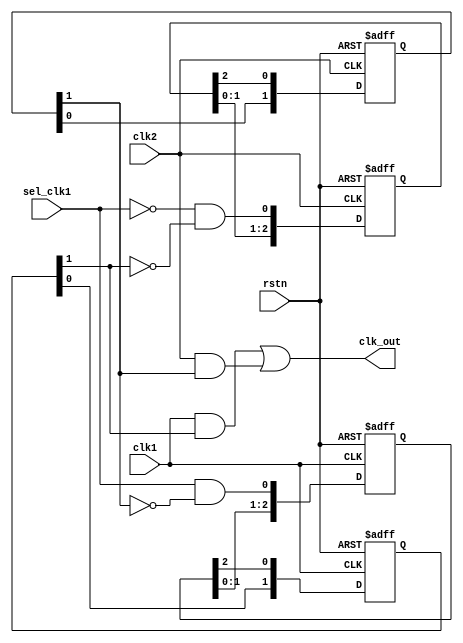
/*
sel_clk1_r: sel_clk1clk1sel_clk1_r
sel_clk1sel_clk2_neg_r[1]""sel_clk1_r
sel_clk2_neg_r[1]sel_clk1
sel_clk1_neg_r: sel_clk1_r[2]
clk1sel_clk1_neg_rsel_clk1_r[2]sel_clk1_neg_r
clk_outclk_out
*/
/*
sel_clk2_r: !sel_clk1clk2sel_clk2_r
!sel_clk1!sel_clk1_neg_r[1]""sel_clk2_r
!sel_clk1_neg_r[1]!sel_clk1
sel_clk2_neg_r: sel_clk2_r[2]clk2sel_clk2_neg_r
sel_clk2_r[2]sel_clk2_neg_rclk_outclk_out
*/
module clk_switch(
    input               rstn ,
    input               clk1,
    input               clk2,
    input               sel_clk1 , // 1 clk1, 0 clk2
    output              clk_out
    );

   reg [2:0]            sel_clk1_r ;
   reg [1:0]            sel_clk1_neg_r ;
   reg [2:0]            sel_clk2_r ;
   reg [1:0]            sel_clk2_neg_r ;

   //sync sel clk1 signal from different clk domain, use 3 clap
   always @(posedge clk1 or negedge rstn) begin
      if (!rstn) begin
         sel_clk1_r     <= 3'b111 ;
      end
      else begin
         //sel clk1, and not sel clk2
         sel_clk1_r     <= {sel_clk1_r[1:0], sel_clk1 & (!sel_clk2_neg_r[1])} ;
      end
   end

   //at negedge capture sel clk1 signal, use 2 clap
   always @(negedge clk1 or negedge rstn) begin
      if (!rstn) begin
         sel_clk1_neg_r <= 2'b11 ;
      end
      else begin
         sel_clk1_neg_r <= {sel_clk1_neg_r[0], sel_clk1_r[2]} ;
      end
   end

   //sync sel clk2 signal from different clk domain, use 3 clap
   always @(posedge clk2 or negedge rstn) begin
      if (!rstn) begin
         sel_clk2_r     <= 3'b0 ;
      end
      else begin
         //sel clk2, and not sel clk1
         sel_clk2_r     <= {sel_clk2_r[1:0], !sel_clk1 & (!sel_clk1_neg_r[1])} ;
      end
   end

   //at negedge capture sel clk1 signal, use 2 clap
   always @(negedge clk2 or negedge rstn) begin
      if (!rstn) begin
         sel_clk2_neg_r <= 2'b0 ;
      end
      else begin
         sel_clk2_neg_r <= {sel_clk2_neg_r[0], sel_clk2_r[2]} ;
      end
   end

   //output clk
   wire clk1_gate, clk2_gate ;
   and (clk1_gate, clk1, sel_clk1_neg_r[1]) ;
   and (clk2_gate, clk2, sel_clk2_neg_r[1]) ;
   or  (clk_out, clk1_gate, clk2_gate) ;

endmodule